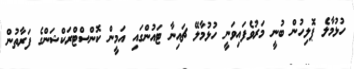
ހުޅުމާލެ ޕޮލިހުން ބުނީ މަރުވެފައިވަނީ ހުޅުމާލޭ ޗައިނާ ޓައުންގައި އަމީން ކޮންސްޓްރަކްޝަންގެ ފަރާތުން